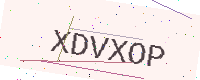
Text: XDVXOP